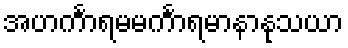
အဟင်္ကာရမမင်္ကာရမာနာနုသယာ